Rangoon Lunatic Asylum 1878-1892 - 1878-1892
Year: 1878
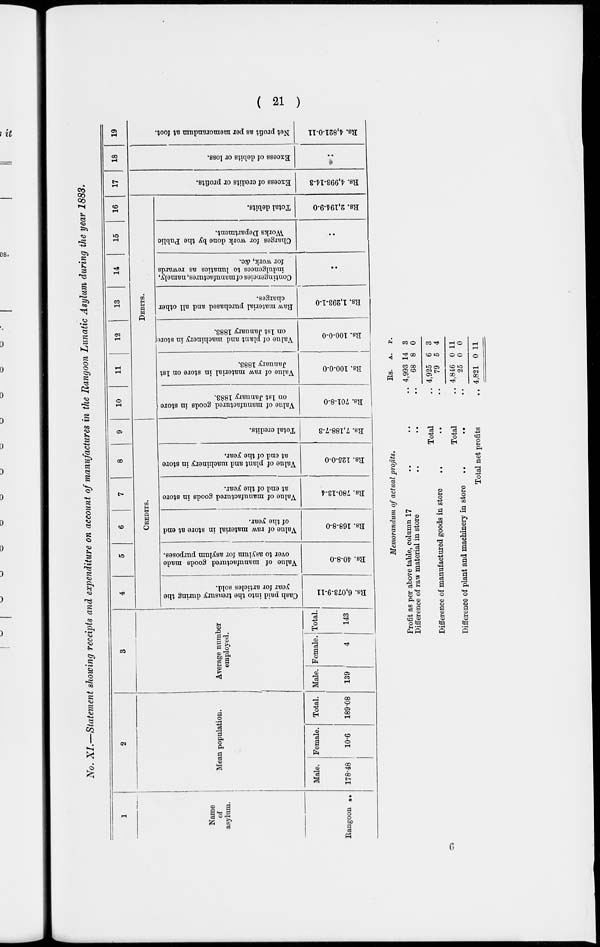
( 21 )
No. XI.—Statement showing receipts and expenditure on account of manufactures in the Rangoon Lunatic Asylum during the year 1883.
1
Name
of
asylum.
Rangoon ..
2
Mean population.
Male.
178.48
Female.
10.6
Total.
189.08
3
Average number
employed.
Male,
139
Female.
4
Total.
143
4
5
6
7
8
9
CREDITS.
Cash paid into the treasury during the
year for articles sold.
Rs. 6,073-9-11
Value of manufactured goods made
over to asylum for asylum purposes.
Rs. 40-8-0
Value of raw material in store at end
of the year.
Rs. 168-8-0
Value of manufactured goods in store
at end of the year.
Rs. 780-13-4
Value of plant and machinery in store
at end of the year.
Rs. 125-0-0
Total credits.
Rs. 7,188-7-3
10
11
12
13
14
15
16
DEBITS.
Value of manufactured goods in store
on 1st January 1883.
Rs. 701-8-0
Value of raw material in store on 1st
January 1883.
Rs. 100-0-0
Value of plant and machinery in store
on 1st January 1883.
Rs. 100-0-0
Raw material purchased and all other
charges.
Rs. 1,293-1-0
Contingencies of manufactures, namely,
indulgences to lunatics as rewards
for work, &c.
..
Charges for work done by the Public
Works Department.
..
Total debits.
Rs. 2,194-9-0
17
Excess of credits or profits.
Rs. 4,993-14-3
18
Excess of debits or loss.
..
19
Net profit as per memorandum at foot.
Rs. 4,821-0-11
Memorandum of actual profits.
Profit as per above table, column 17 .. .. ..
Difference of raw material in store .. .. ..
Total ..
Difference of manufactured goods in store .. .. ..
Total ..
Difference of plant and machinery in store .. .. ..
Total net profits
..
Rs.
4,993
68
4,925
79
4,846
25
4,821
A.
14
8
6
5
0
0
0
P.
3
0
3
4
11
0
11
6